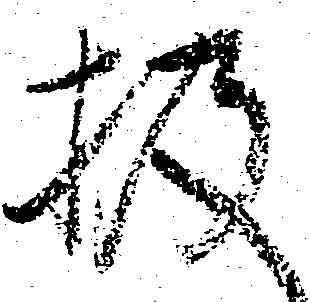
扱